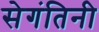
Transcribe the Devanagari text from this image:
सेगंतिनी